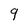
Character: 9